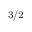
{ } _ { 3 / 2 }